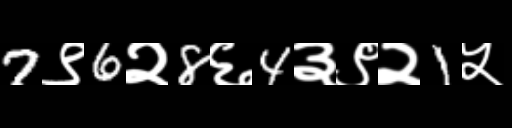
Text: 7९6२8६4३९२1५